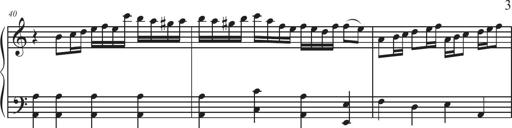
Title: Sonatina Espania
Composer: Jerald Franklin Archer
Key: Various